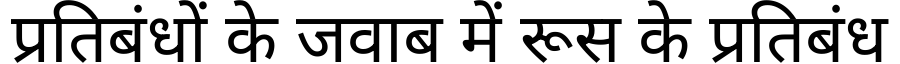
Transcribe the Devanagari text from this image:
प्रतिबंधों के जवाब में रूस के प्रतिबंध